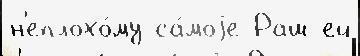
н'еплохо́му са́моjе Раш ей